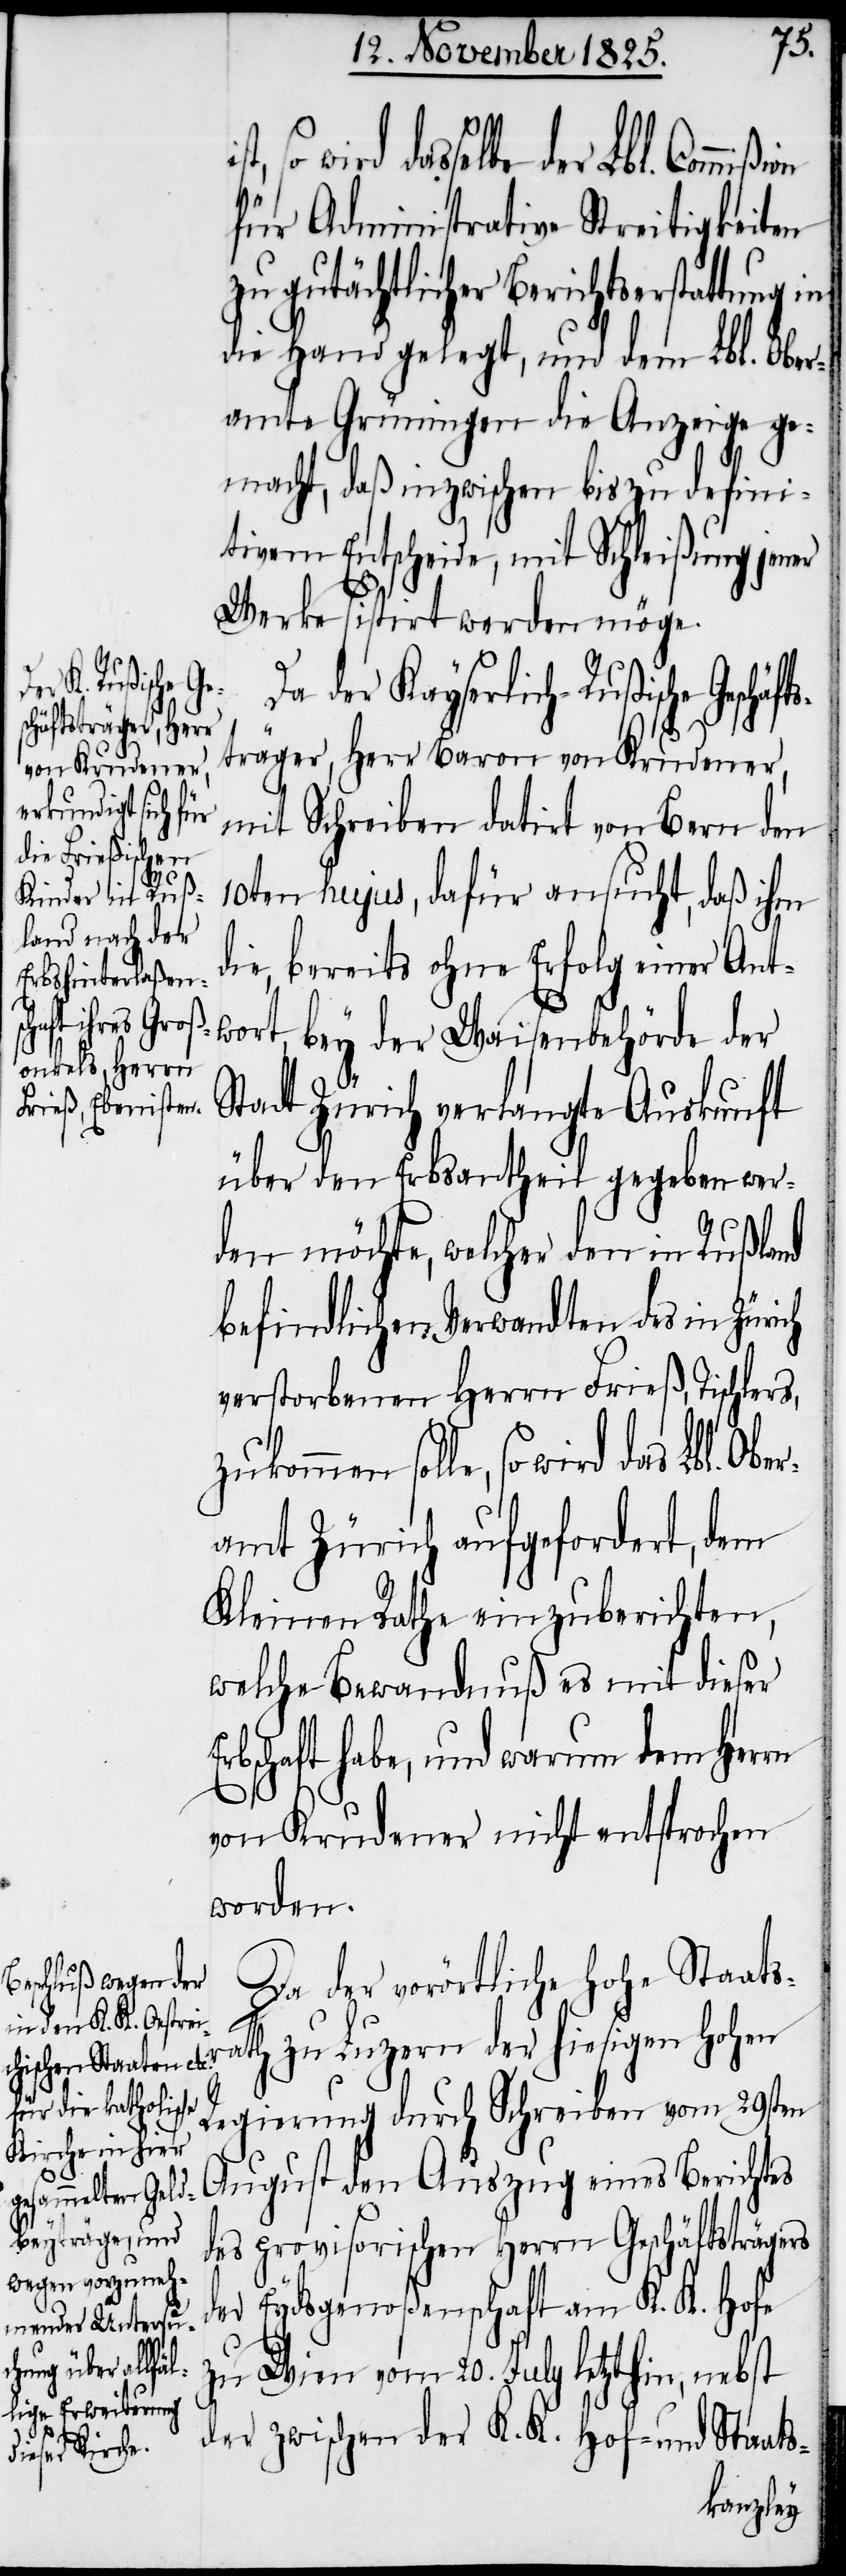
ßion
wird dasselbe der Lbl. Commi¬
für Administrative Streitigkeiten
zu gutächtlicher Berichtserstattung in
die Hand gelegt, und dem Lbl. Ober¬
amte Grüningen die Anzeige ge¬
macht, daß inzwischen bis zu defini¬
tivem Entscheide, mit Schleißung jener
Werke sistirt werden möge.
Da der Kayserlich-Rußische Ges¬
chäftsträger, Herr
von Krudener,
mit Schreiben datirt von Bern den
10ten hujus, dafür ansucht, daß ihm
die, bereits ohne Erfolg einer Ant¬
e, so wir¬
wort bey der Waisenbehörde der
Stadt Zürich verlangte Auskunft
über den Erbsantheil gegeben wer¬
den möchte, welcher den in Rußland
befindlichen Verwandten des in Zürich
verstorbenen Herrn Frieß, Tischlers,
amt Zürich aufgefordert, dem
Kleinen Rathe einzuberichten,
welche Bewandnuß es mit dieser
rbschaft habe, und warum dem Herrn
von Krudener nicht entsprochen
worden.
Da der vorörtliche hohe Staats¬
d das Lbl. Ober¬
ath zu Luzern der hiesigen hohen
Regierung durch Schreiben vom 29sten
August den Auszug eines Berichtes
zukommen soll¬
des provisorischen Herrn Geschäftsträgers
der Eydsgenoßenschaft am K. K. Hofe
zu Wien vom 20. July letzthin, nebst
r¬
der zwischen der K. K. Hof- und Staats-